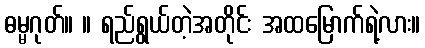
ဓမ္မဂုတ်။ ။ ရည်ရွယ်တဲ့အတိုင်း အထမြောက်ရဲ့လား။